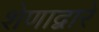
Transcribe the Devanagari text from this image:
शेणाद्वारे